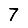
Digit: 7